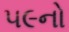
૫૯નો